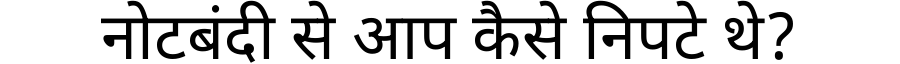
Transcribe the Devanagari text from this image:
नोटबंदी से आप कैसे निपटे थे?